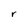
Character: r